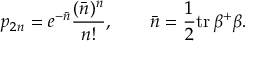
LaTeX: p _ { 2 n } = e ^ { - \bar { n } } \frac { ( \bar { n } ) ^ { n } } { n ! } , \qquad \bar { n } = \frac 1 2 \mathrm { t r } \, \beta ^ { + } \beta .